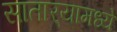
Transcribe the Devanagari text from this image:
सातार्‍यामध्ये